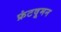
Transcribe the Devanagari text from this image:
फ्रंटवूमन